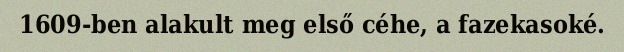
1609-ben alakult meg első céhe, a fazekasoké.